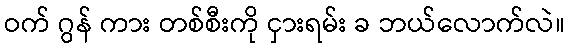
ဝက် ဂွန် ကား တစ်စီးကို ငှားရမ်း ခ ဘယ်လောက်လဲ။